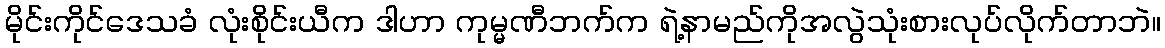
မိုင်းကိုင်ဒေသခံ လုံးစိုင်းယီက ဒါဟာ ကုမ္မဏီဘက်က ရဲ့နာမည်ကိုအလွဲသုံးစားလုပ်လိုက်တာဘဲ။